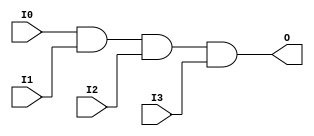
// $Header: /devl/xcs/repo/env/Databases/CAEInterfaces/verunilibs/data/unisims/AND4.v,v 1.6 2007/05/23 21:43:33 patrickp Exp $
///////////////////////////////////////////////////////////////////////////////
// Copyright (c) 1995/2004 Xilinx, Inc.
// All Right Reserved.
///////////////////////////////////////////////////////////////////////////////
//   ____  ____
//  /   /\/   /
// /___/  \  /    Vendor : Xilinx
// \   \   \/     Version : 10.1
//  \   \         Description : Xilinx Functional Simulation Library Component
//  /   /                  4-input AND Gate
// /___/   /\     Filename : AND4.v
// \   \  /  \    Timestamp : Thu Mar 25 16:42:12 PST 2004
//  \___\/\___\
//
// Revision:
//    03/23/04 - Initial version.
//    05/23/07 - Changed timescale to 1 ps / 1 ps.

`timescale  1 ps / 1 ps


module AND4 (O, I0, I1, I2, I3);

    output O;

    input  I0, I1, I2, I3;

    and A1 (O, I0, I1, I2, I3);


endmodule